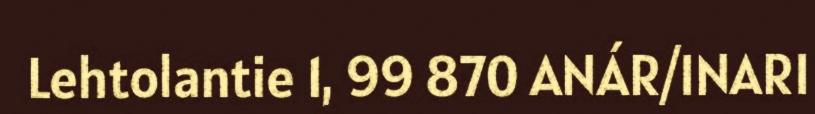
Lehtolantie 1, 99 870 ANÁR/INARI